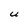
Character: U